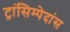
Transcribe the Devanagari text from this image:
ट्रांसिम्पेदांस